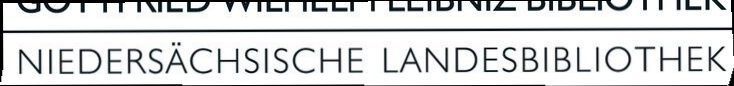
NIEDERSÄCHSISCHE LANDESBIBLIOTHEK